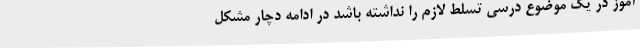
آموز در یک موضوع درسی تسلط لازم را نداشته باشد در ادامه دچار مشکل